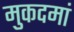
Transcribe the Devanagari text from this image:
मुकदमां